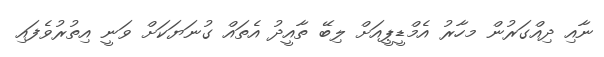
ނާއި ދިއްގަރުން މހާރު އެމްޑީޕީއަށް ލިބޭ ތާއީދު އެތައް ގުނަޔަކަށް ވަނީ އިތުރުވެފައި